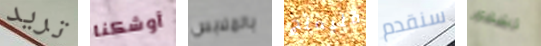
تريد أوشكنا بالملابس فليمنج سنقدم لشهور